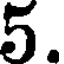
5.